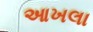
આખલા